Indian journal of veterinary science and animal husbandry - Volume 10,
Year: 1940
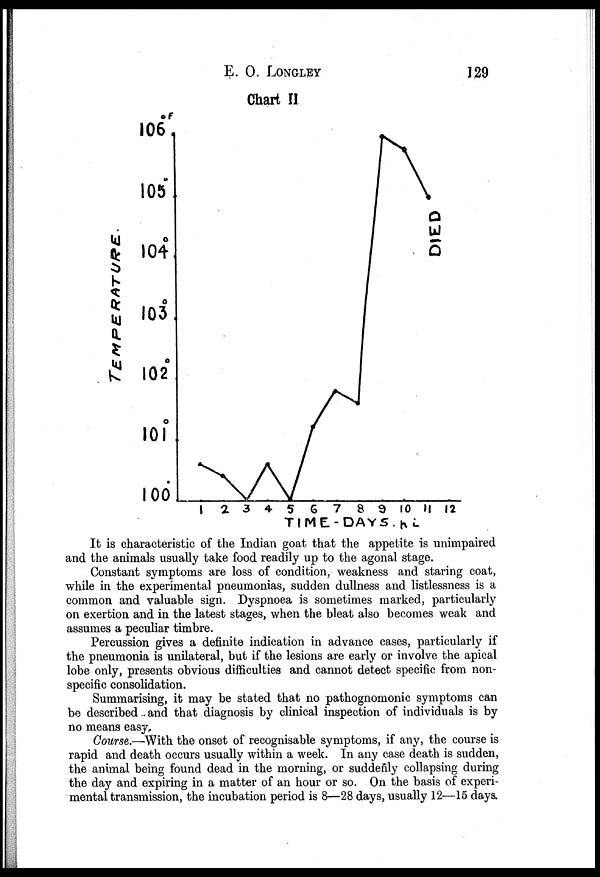
E. O. LONGLEY 129
Chart II
It is characteristic of the Indian goat that the appetite is unimpaired
and the animals usually take food readily up to the agonal stage.
Constant symptoms are loss of condition, weakness and staring coat,
while in the experimental pneumonias, sudden dullness and listlessness is a
common and valuable sign. Dyspnoea is sometimes marked, particularly
on exertion and in the latest stages, when the bleat also becomes weak and
assumes a peculiar timbre.
Percussion gives a definite indication in advance cases, particularly if
the pneumonia is unilateral, but if the lesions are early or involve the apical
lobe only, presents obvious difficulties and cannot detect specific from non-
specific consolidation.
Summarising, it may be stated that no pathognomonic symptoms can
be described and that diagnosis by clinical inspection of individuals is by
no means easy.
Course.—With the onset of recognisable symptoms, if any, the course is
rapid and death occurs usually within a week. In any case death is sudden,
the animal being found dead in the morning, or suddenly collapsing during
the day and expiring in a matter of an hour or so. On the basis of experi-
mental transmission, the incubation period is 8—28 days, usually 12—15 days.